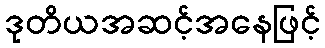
ဒုတိယအဆင့်အနေဖြင့်